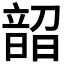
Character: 𬰼